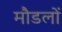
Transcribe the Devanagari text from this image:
मौडलों